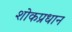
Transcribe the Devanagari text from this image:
शोकप्रधान